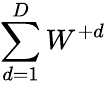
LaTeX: \sum_{d=1}^{D}W^{+d}